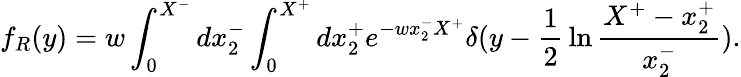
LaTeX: f_{R}(y)=w\int_{0}^{X^{-}}dx_{2}^{-}\int_{0}^{X^{+}}dx_{2}^{+}e^{-wx_{2}^{-}X^{+}}\delta(y-{\frac{1}{2}}\ln{\frac{X^{+}-x_{2}^{+}}{x_{2}^{-}}}).